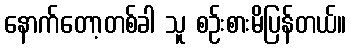
နောက်တော့တစ်ခါ သူ စဉ်းစားမိပြန်တယ်။